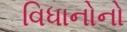
વિધાનોનો